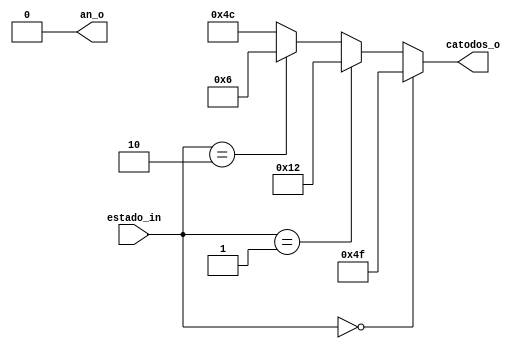
module display_estados(
    input wire [1:0] estado_in,
    output wire [6:0] catodos_o,
    output an_o
    );
	// always@*
		begin
			assign catodos_o =( estado_in == 2'b00) ? 7'b1001111 :
							( estado_in == 2'b01) ? 7'b0010010 :
							( estado_in == 2'b10) ? 7'b0000110 :
							7'b1001100;
		end
		
	assign an_o = 1'b0;
endmodule